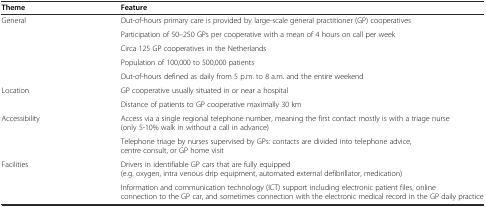
<table><thead><tr><td><b>Theme</b></td><td><b>Feature</b></td></tr></thead><tbody><tr><td>General</td><td>Out-of-hours primary care is provided by large-scale general practitioner (GP) cooperatives</td></tr><tr><td></td><td>Participation of 50–250 GPs per cooperative with a mean of 4 hours on call per week</td></tr><tr><td></td><td>Circa 125 GP cooperatives in the Netherlands</td></tr><tr><td></td><td>Population of 100,000 to 500,000 patients</td></tr><tr><td></td><td>Out-of-hours defined as daily from 5 p.m. to 8 a.m. and the entire weekend</td></tr><tr><td>Location</td><td>GP cooperative usually situated in or near a hospital</td></tr><tr><td></td><td>Distance of patients to GP cooperative maximally 30 km</td></tr><tr><td>Accessibility</td><td>Access via a single regional telephone number, meaning the first contact mostly is with a triage nurse (only 5-10% walk in without a call in advance)</td></tr><tr><td></td><td>Telephone triage by nurses supervised by GPs: contacts are divided into telephone advice, centre consult, or GP home visit</td></tr><tr><td>Facilities</td><td>Drivers in identifiable GP cars that are fully equipped (e.g. oxygen, intra venous drip equipment, automated external defibrillator, medication)</td></tr><tr><td></td><td>Information and communication technology (ICT) support including electronic patient files, online connection to the GP car, and sometimes connection with the electronic medical record in the GP daily practice</td></tr></tbody></table>